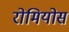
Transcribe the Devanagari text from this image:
रोमियोस